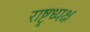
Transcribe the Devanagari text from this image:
राष्ट्रध्यक्ष